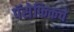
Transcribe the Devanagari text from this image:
पॅसेफिकचे